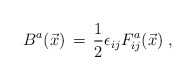
\begin{align*} B^a(\vec{x}) \, = \, \frac{1}{2} \epsilon_{ij} F_{ij}^a (\vec{x}) \; ,\end{align*}